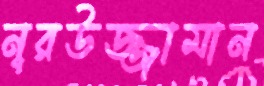
নূরউজ্জামান